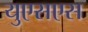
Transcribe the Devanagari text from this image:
युएसएस